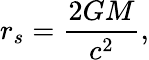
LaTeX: r_{s}={\frac{2GM}{c^{2}}},